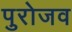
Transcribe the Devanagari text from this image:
पुरोजव